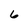
Character: 6